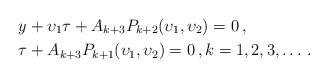
LaTeX: \begin{align*} & {{y}} +{\upsilon_1} {\tau}+ A_{k+3} P_{k+2}({\upsilon_1},{\upsilon_2})=0\, , \\ & {\tau} +A_{k+3} P_{k+1}({\upsilon_1},{\upsilon_2})=0\, , k=1,2,3,\dots \, .\end{align*}